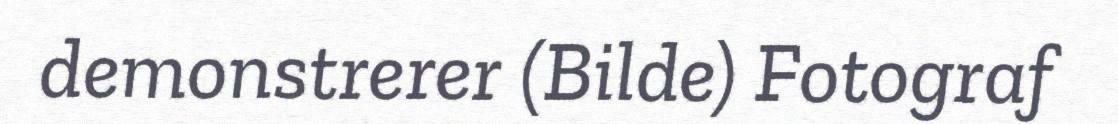
demonstrerer (Bilde) Fotograf